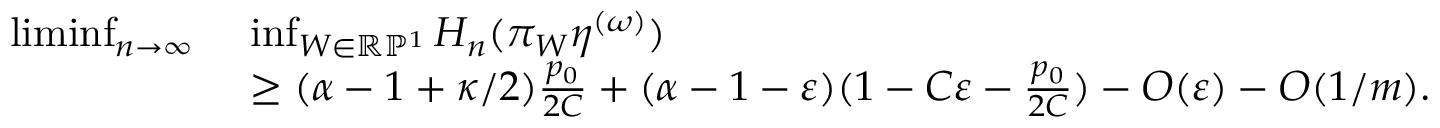
\begin{array} { r l } { \operatorname* { l i m i n f } _ { n \to \infty } \ } & { \operatorname* { i n f } _ { W \in \mathbb R \mathbb P ^ { 1 } } H _ { n } ( \pi _ { W } \eta ^ { ( \omega ) } ) } \\ & { \geq ( \alpha - 1 + \kappa / 2 ) \frac { p _ { 0 } } { 2 C } + ( \alpha - 1 - \varepsilon ) ( 1 - C \varepsilon - \frac { p _ { 0 } } { 2 C } ) - O ( \varepsilon ) - O ( 1 / m ) . } \end{array}